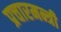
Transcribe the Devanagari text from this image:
प्रचारमन्त्री